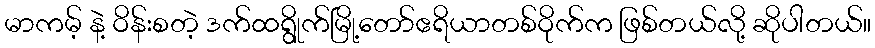
မာကမ့် နဲ့ ဝိန်းစတဲ့ ဒက်ထရွိုက်မြို့တော်ဧရိယာတစ်ဝိုက်က ဖြစ်တယ်လို့ ဆိုပါတယ်။